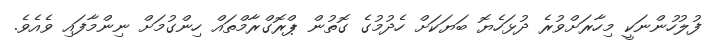
ފުލުހުންނަކީ މިހާރަށްވުރެ ދުޅަހެޔޮ ބަޔަކަށް ހެދުމުގެ ގޮތުން ޕްރޮގްރާމްތައް ހިންގުމަށް ނިންމާފައި ވެއެވެ.